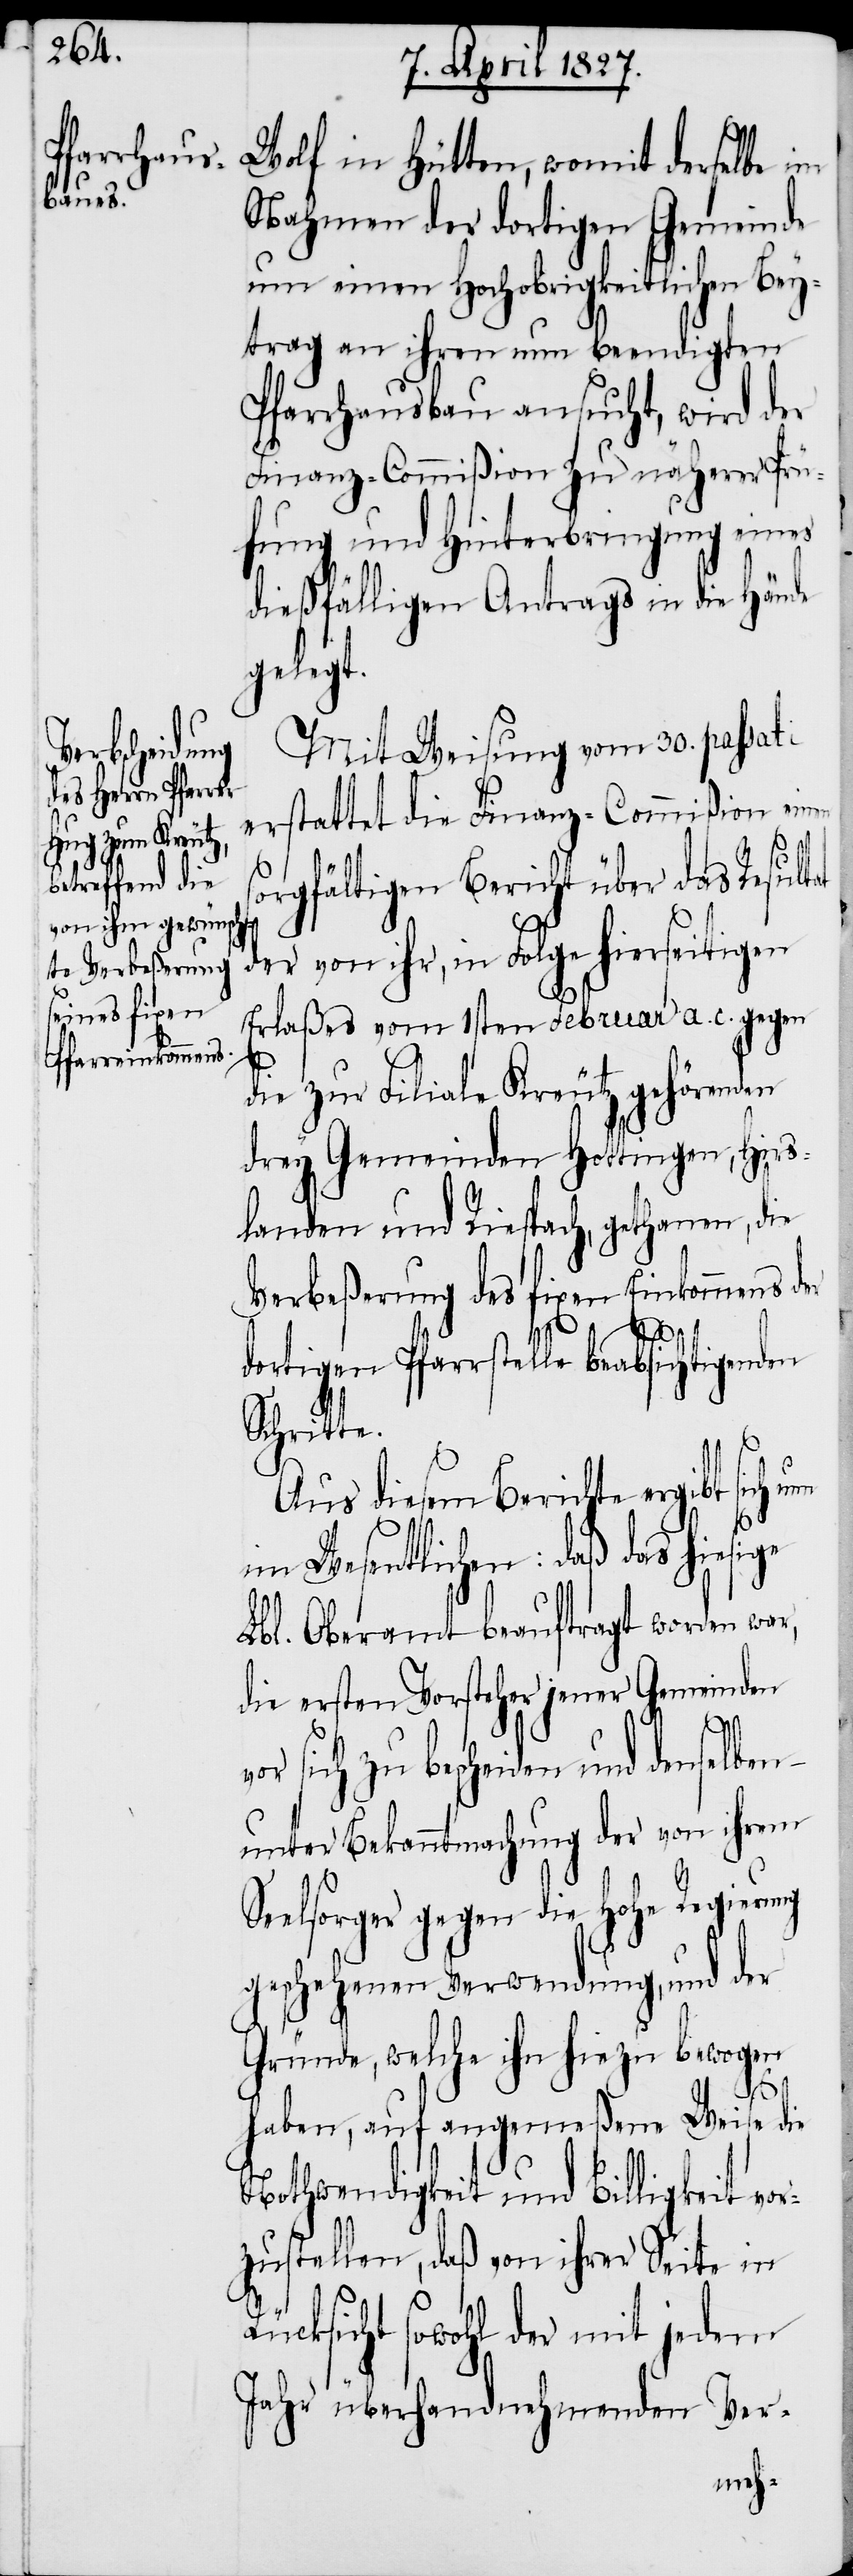
Wolf in Hütten, womit derselbe im
Nahmen der dortigen Gemeinde
um einen Hochobrigkeitlichen Bey¬
trag an ihren nun beendigten
Pfarrhausbau ansucht, wird der
Finanz-Commißion zu näherer Prü¬
fung und Hinterbringung eines
dießfälligen Antrags in die Hände
gelegt.
Mit Weisung vom 30. passati
erstattet die Finanz-Commißion ein¬
orgfältigen Bericht über das Result¬
der von ihr, in Folge hierseitigen
Erlaßes vom 1sten Februar a. c. gegen
die zur Filiale Kreutz gehörenden
drey Gemeinden Hottingen, Hirs¬
landen und Riespach, gethanen, die
Verbeßerung des fixen Einkommens der
dortigen Pfarrstelle beabsichtigenden
Schritte.
Aus diesem Berichte ergibt sich
im Wesentlichen: daß das hiesige
Lbl. Oberamt beauftragt worden war,
die ersten Vorsteher jener Gemeinden
v¬
or sich zu bescheiden und denselben
unter Bekanntmachung der von ihrem
Seelsorger gegen die Hohe Regierung
geschehenen Verwendung, und der
Gründe, welche ihn hiezu bewogen
at
haben, auf angemeßene Weise die
Nothwendigkeit und Billigkeit vor¬
zustellen, daß von ihrer Seite in
Rücksicht sowohl der mit jedem
Jahr überhandnehmenden Ver-